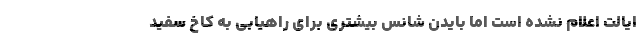
ایالت اعلام نشده است اما بایدن شانس بیشتری برای راهیابی به کاخ سفید